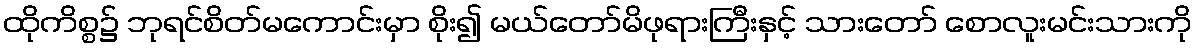
ထိုကိစ္စ၌ ဘုရင်စိတ်မကောင်းမှာ စိုး၍ မယ်တော်မိဖုရားကြီးနှင့် သားတော် စောလူးမင်းသားကို